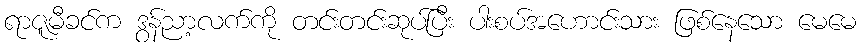
ရာဇူမီခင်က ဒွန်ညာ့လက်ကို တင်းတင်းဆုပ်ပြီး ပါးစပ်အဟောင်းသား ဖြစ်နေသော မေမေ